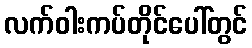
လက်ဝါးကပ်တိုင်ပေါ်တွင်